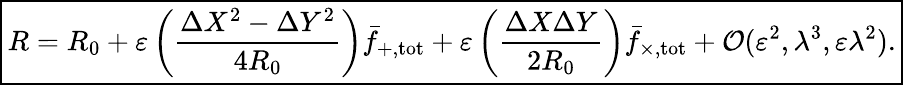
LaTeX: \begin{array}{r}{\boxed{R=R_{0}+\varepsilon\left(\frac{\Delta X^{2}-\Delta Y^{2}}{4R_{0}}\right)\bar{f}_{+,\mathrm{tot}}+\varepsilon\left(\frac{\Delta X\Delta Y}{2R_{0}}\right)\bar{f}_{\times,\mathrm{tot}}+\mathcal O(\varepsilon^{2},\lambda^{3},\varepsilon\lambda^{2}).}}\end{array}